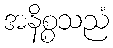
အနိစ္စသညံ